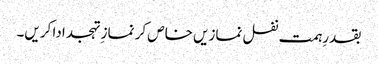
بقدرِہمت نفل نمازیں خاص کر نماز ِتہجد ادا کریں۔